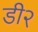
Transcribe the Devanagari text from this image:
डी२